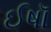
ઈષૉ